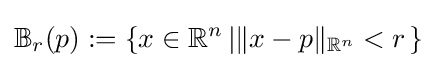
\mathbb {B} _{r}(p):=\left\{x\in \mathbb {R} ^{n}\left|\|x-p\|_{\mathbb {R} ^{n}}<r\right.\right\}